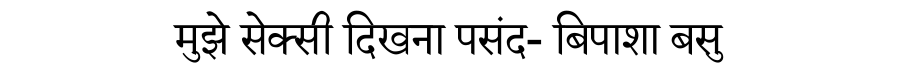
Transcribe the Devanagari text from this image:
मुझे सेक्सी दिखना पसंद- बिपाशा बसु